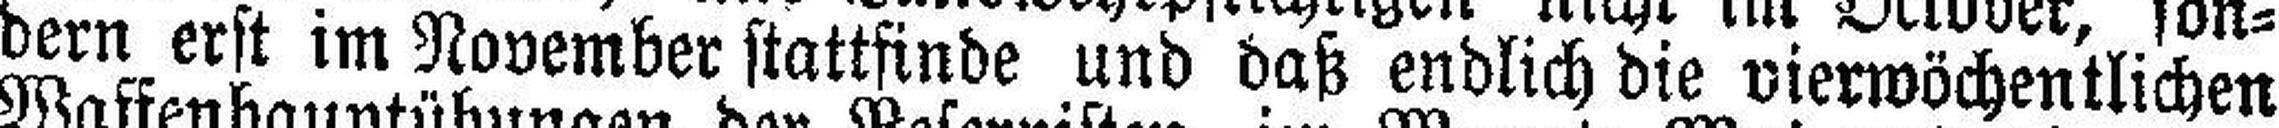
dern erst im November stattfinde und daß endlich die vierwöchentlichen